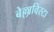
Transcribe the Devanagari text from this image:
बेल्लाविस्टा